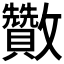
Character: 𣀹